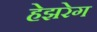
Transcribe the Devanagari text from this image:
हेझरेग